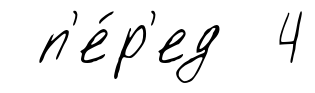
п'е́р'ед 4